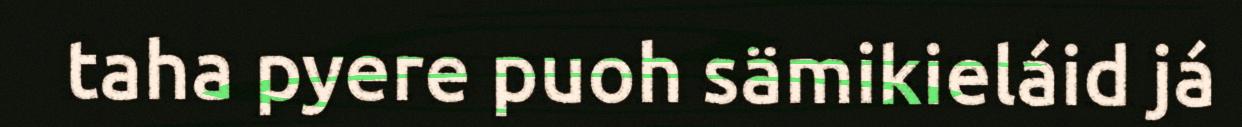
taha pyere puoh sämikieláid já